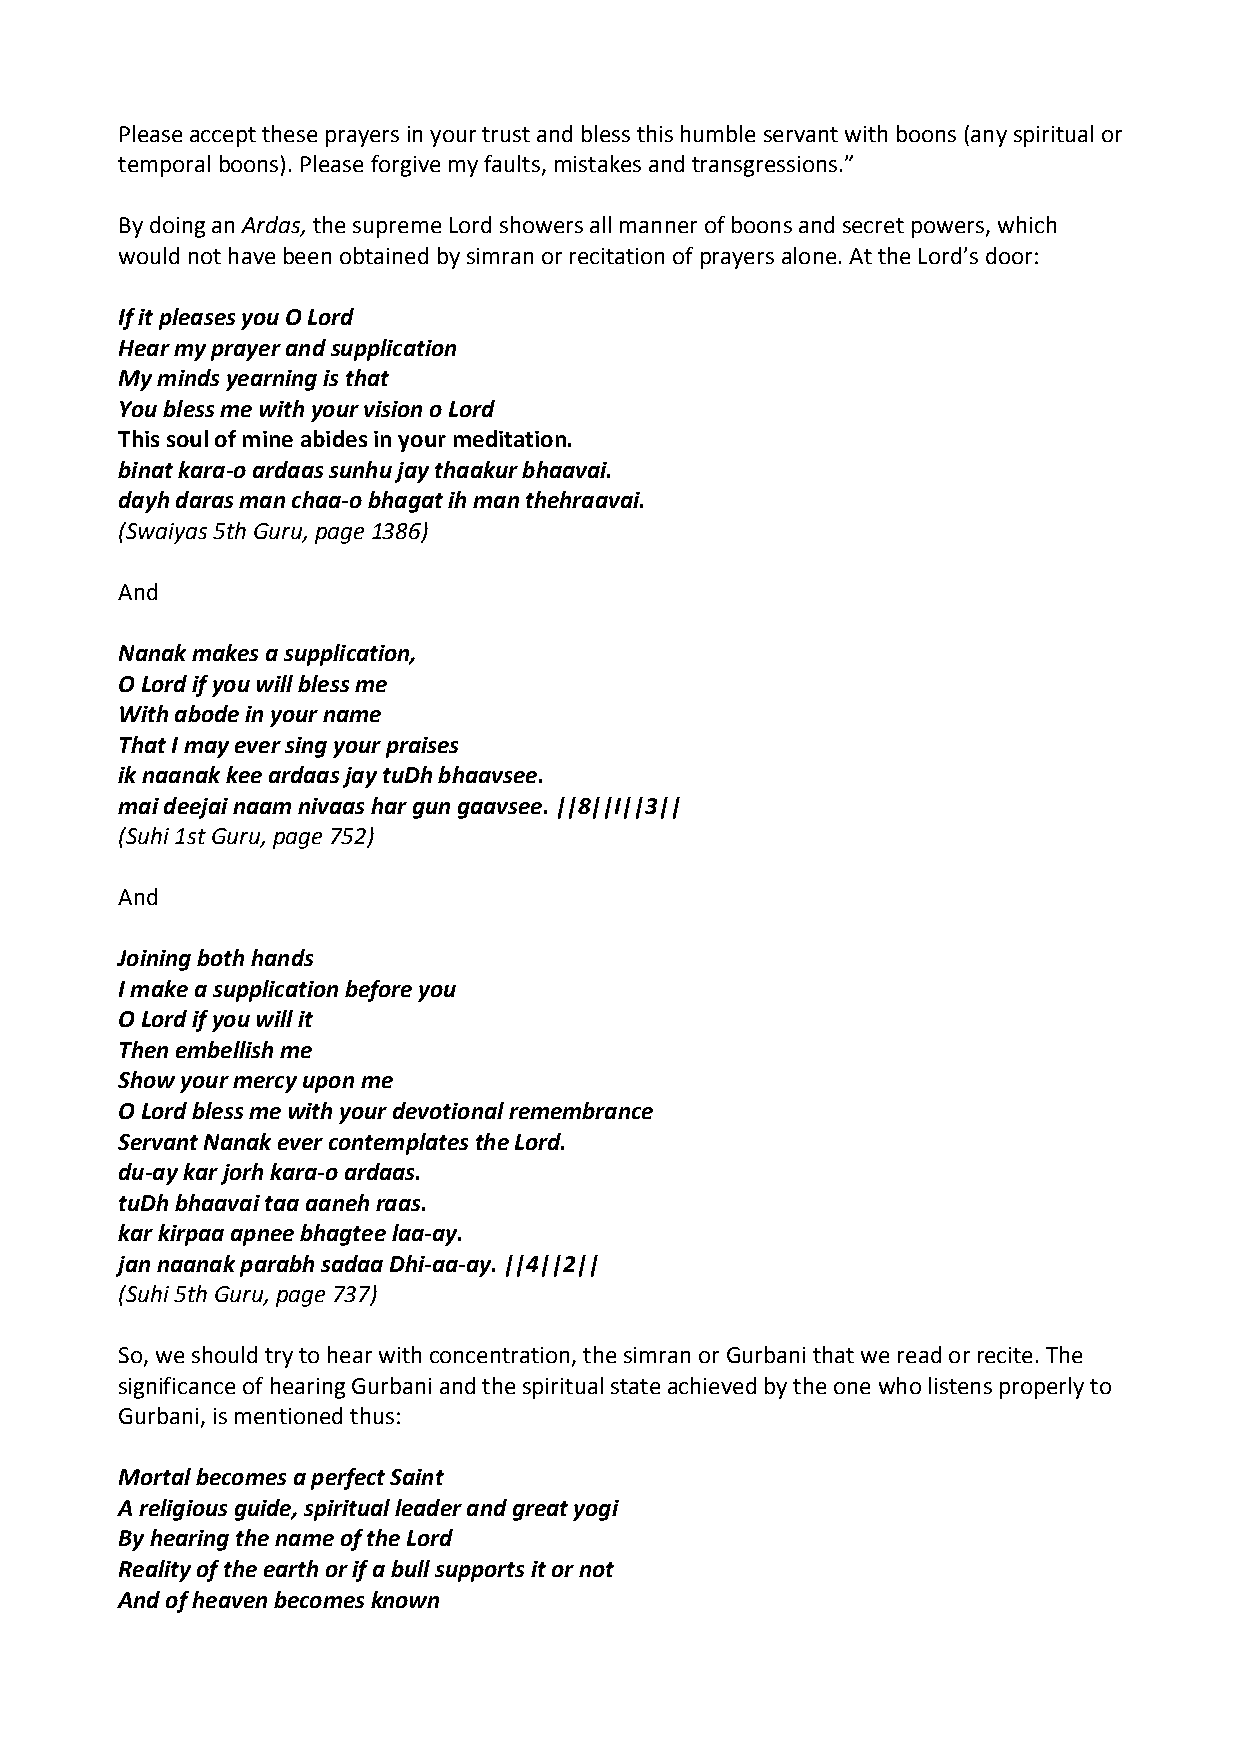
Please accept these prayers in your trust and bless this humble servant with boons (any spiritual or
 temporal boons). Please forgive my faults, mistakes and transgressions.”
 By doing an Ardas, the supreme Lord showers all manner of boons and secret powers, which
 would not have been obtained by simran or recitation of prayers alone. At the Lord’s door:
 If it pleases you O Lord
 Hear my prayer and supplication
 My minds yearning is that
 You bless me with your vision o Lord
 This soul of mine abides in your meditation.
 binat kara‐o ardaas sunhu jay thaakur bhaavai.
 dayh daras man chaa‐o bhagat ih man thehraavai.
 (Swaiyas 5th Guru, page 1386)
 And
 Nanak makes a supplication,
 O Lord if you will bless me
 With abode in your name
 That I may ever sing your praises
 ik naanak kee ardaas jay tuDh bhaavsee.
 mai deejai naam nivaas har gun gaavsee. ||8||I||3||
 (Suhi 1st Guru, page 752)
 And
 Joining both hands
 I make a supplication before you
 O Lord if you will it
 Then embellish me
 Show your mercy upon me
 O Lord bless me with your devotional remembrance
 Servant Nanak ever contemplates the Lord.
 du‐ay kar jorh kara‐o ardaas.
 tuDh bhaavai taa aaneh raas.
 kar kirpaa apnee bhagtee laa‐ay.
 jan naanak parabh sadaa Dhi‐aa‐ay. ||4||2||
 (Suhi 5th Guru, page 737)
 So, we should try to hear with concentration, the simran or Gurbani that we read or recite. The
 significance of hearing Gurbani and the spiritual state achieved by the one who listens properly to
 Gurbani, is mentioned thus:
 Mortal becomes a perfect Saint
 A religious guide, spiritual leader and great yogi
 By hearing the name of the Lord
 Reality of the earth or if a bull supports it or not
 And of heaven becomes known